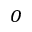
O